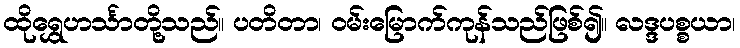
ထိုရွှေဟင်္သာတို့သည်။ ပတိတာ၊ ဝမ်းမြောက်ကုန်သည်ဖြစ်၍။ လဒ္ဒပစ္စယာ၊